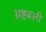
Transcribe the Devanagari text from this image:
अष्टबली